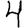
Digit: 4